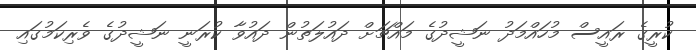
ކުރީގެ ރައީސް މުހައްމަދު ނަޝީދުގެ މައްޗަށް ދައުލަތުން ދައުވާ ކުރަނީ ނަޝީދުގެ ވެރިކަމުގައި